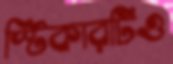
স্টিকারটিও